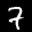
Label: 7